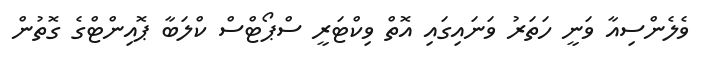
ވެލެންސިއާ ވަނީ ހަތަރު ވަނައިގައި އޮތް ވިކްޓަރީ ސްޕޯޓްސް ކްލަބާ ޕޮއިންޓްގެ ގޮތުން